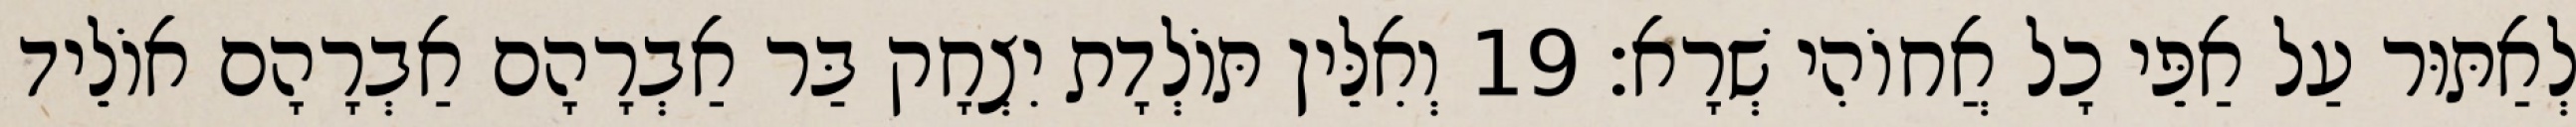
לְאַתּוּר עַל אַפֵּי כָל אֲחוֹהִי שְׁרָא׃ 19 וְאִלֵּין תּוֹלְדָת יִצְחָק בַּר אַבְרָהָם אַבְרָהָם אוֹלֵיד